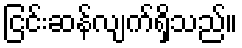
ငြင်းဆန်လျက်ရှိသည်။